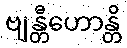
ဗျန္တီဟောန္တိ